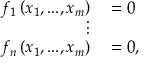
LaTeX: \begin{array} { r l } { f _ { 1 } \left( x _ { 1 } , . . . , x _ { m } \right) } & { { } = 0 } \\ { \vdots } \\ { f _ { n } \left( x _ { 1 } , . . . , x _ { m } \right) } & { { } = 0 , } \end{array}